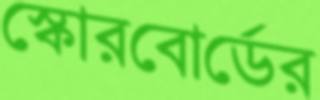
স্কোরবোর্ডের